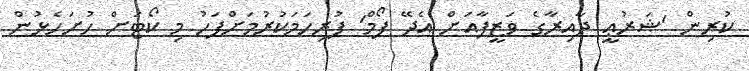
ކުރިން 'ޝަރުޢީ ދާއިރާގެ ވަޒީފާއަށް އެދޭ ފޯމް' ފުރިހަމަކުރުމަށްފަހު މި ކޯޓަށް ހުށަހެޅުން